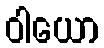
ဝါယော